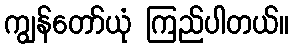
ကျွန်တော်ယုံ ကြည်ပါတယ်။